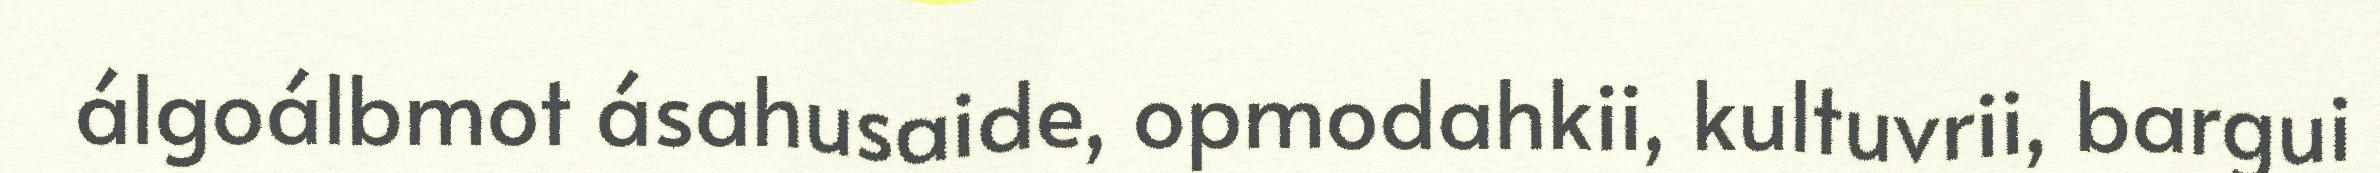
álgoálbmot ásahusaide, opmodahkii, kultuvrii, bargui